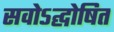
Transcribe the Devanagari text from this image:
सवोऽद्घोषित